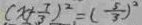
( x + \frac { 7 } { 3 } ) ^ { 2 } = ( \frac { 5 } { 3 } ) ^ { 2 }